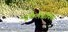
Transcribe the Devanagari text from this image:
न्यूकैलेडोनिया